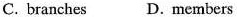
C. branches D.members